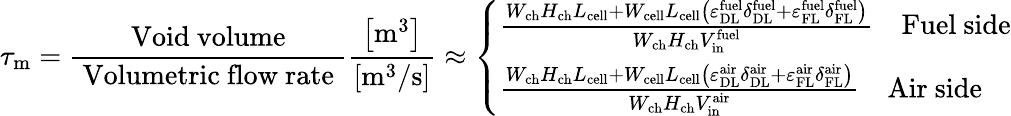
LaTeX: \tau_{\mathrm{{m}}}=\frac{\mathrm{~Void~volume~}}{\mathrm{~Volumetric~flow~rate~}}\frac{\left[\mathrm{m}^{3}\right]}{\left[\mathrm{m}^{3}/\mathrm{s}\right]}\approx\left\{ \begin{array}{l}{\frac{W_{\mathrm{{ch}}}H_{\mathrm{{ch}}}L_{\mathrm{{cell}}}+W_{\mathrm{cell}}L_{\mathrm{{cell}}}\left(\varepsilon_{\mathrm{DL}}^{\mathrm{{fuel}}}\delta_{\mathrm{DL}}^{\mathrm{{fuel}}}+\varepsilon_{\mathrm{FL}}^{\mathrm{{fuel}}}\delta_{\mathrm{FL}}^{\mathrm{{fuel}}}\right)}{W_{\mathrm{ch}}H_{\mathrm{{ch}}}V_{\mathrm{in}}^{\mathrm{{fuel}}}}\quad\mathrm{Fuel~side}}\\ {\frac{W_{\mathrm{ch}}H_{\mathrm{{ch}}}L_{\mathrm{cell}}+W_{\mathrm{{cell}}}L_{\mathrm{cell}}\left(\varepsilon_{\mathrm{{DL}}}^{\mathrm{air}}\delta_{\mathrm{{DL}}}^{\mathrm{air}}+\varepsilon_{\mathrm{{FL}}}^{\mathrm{air}}\delta_{\mathrm{{FL}}}^{\mathrm{air}}\right)}{W_{\mathrm{{ch}}}H_{\mathrm{ch}}V_{\mathrm{{in}}}^{\mathrm{air}}}\quad\mathrm{Air~side}}\end{array}\right.